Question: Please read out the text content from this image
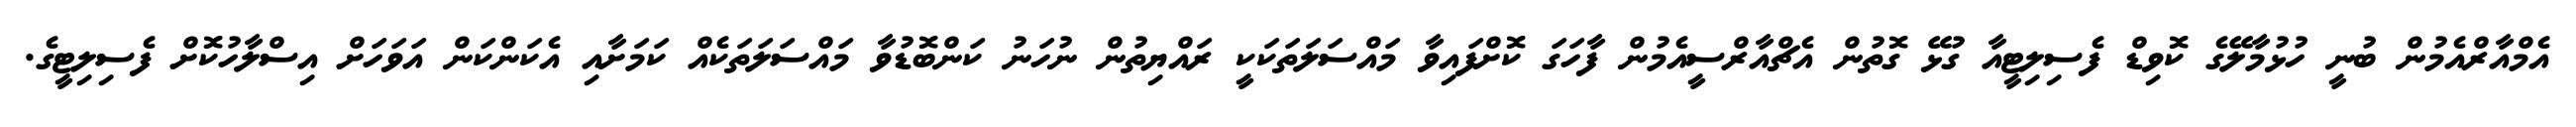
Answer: އެމްއާރްއެމުން ބުނީ ހުޅުމާލޭގެ ކޮވިޑް ފެސިލިޓީއާ ގުޅޭ ގޮތުން އެޗްއާރްސީއެމުން ފާހަގަ ކޮށްފައިވާ މައްސަލަތަކަކީ ރައްޔިތުން ނުހަނު ކަންބޮޑުވާ މައްސަލަތަކެއް ކަމަށާއި އެކަންކަން އަވަހަށް އިސްލާހުކޮށް ފެސިލިޓީގެ.